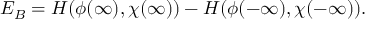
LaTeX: E _ { B } = H ( \phi ( \infty ) , \chi ( \infty ) ) - H ( \phi ( - \infty ) , \chi ( - \infty ) ) .